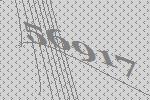
56917